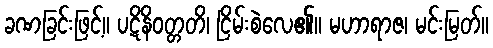
ခဏခြင်းဖြင့်။ ပဋိနိဝတ္တတိ၊ ငြိမ်းစဲလေ၏။ မဟာရာဇ၊ မင်းမြတ်။